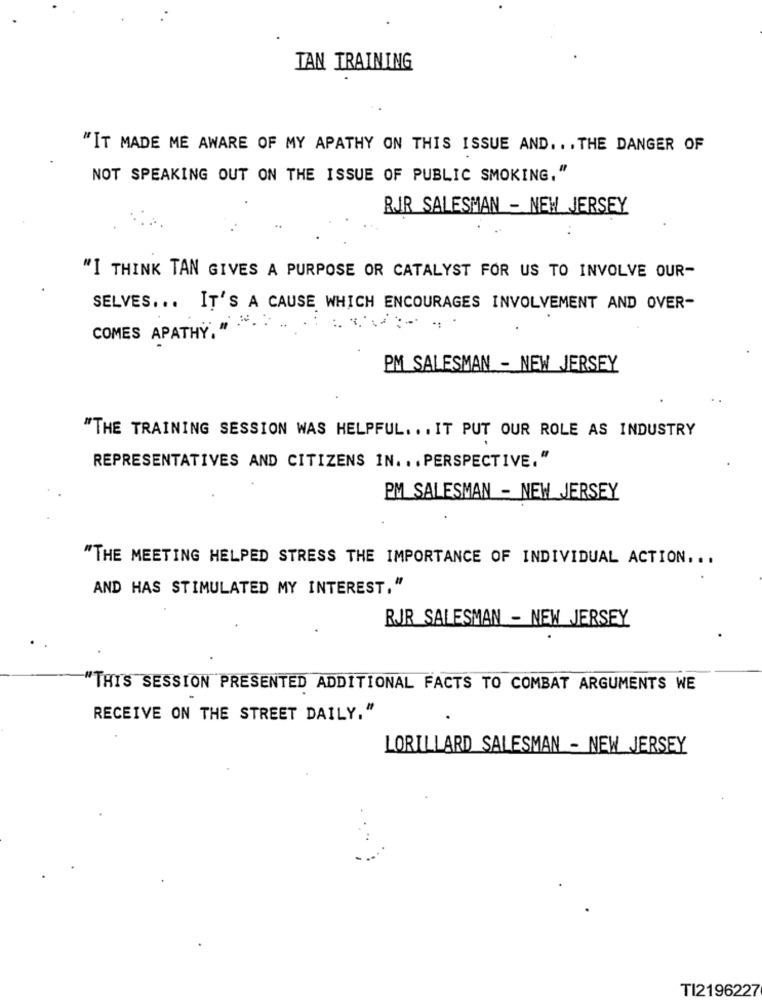
TAN TRAINING
"IT MADE ME AWARE OF MY APATHY ON THIS ISSUE AND .. . THE DANGER OF
NOT SPEAKING OUT ON THE ISSUE OF PUBLIC SMOKING."
RIR SALESMAN - NEW JERSEY
..
"I THINK TAN GIVES A PURPOSE OR CATALYST FOR US TO INVOLVE OUR-
SELVES ... IT'S A CAUSE WHICH ENCOURAGES INVOLVEMENT AND OVER-
COMES APATHY."
PM SALESMAN - NEW JERSEY
"THE TRAINING SESSION WAS HELPFUL. .. IT PUT OUR ROLE AS INDUSTRY
REPRESENTATIVES AND CITIZENS IN ... PERSPECTIVE."
PM SALESMAN - NEW JERSEY
"THE MEETING HELPED STRESS THE IMPORTANCE OF INDIVIDUAL ACTION ...
AND HAS STIMULATED MY INTEREST."
RJR SALESMAN - NEW JERSEY
'THIS SESSION PRESENTED ADDITIONAL FACTS TO COMBAT ARGUMENTS WE
RECEIVE ON THE STREET DAILY."
LORILLARD SALESMAN - NEW JERSEY
TI2196227